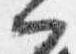
門